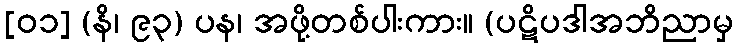
[၀၁] (နိ၊ ၉၃) ပန၊ အဖို့တစ်ပါးကား။ (ပဋိပဒါအဘိညာမှ